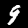
Label: 9